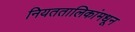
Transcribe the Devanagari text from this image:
नियततालिकांमधून